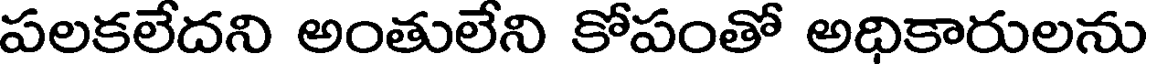
పలకలేదని అంతులేని కోపంతో అధికారులను